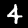
Label: 4